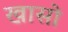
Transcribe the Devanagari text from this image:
खासो